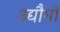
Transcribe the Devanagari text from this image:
उद्यौगों